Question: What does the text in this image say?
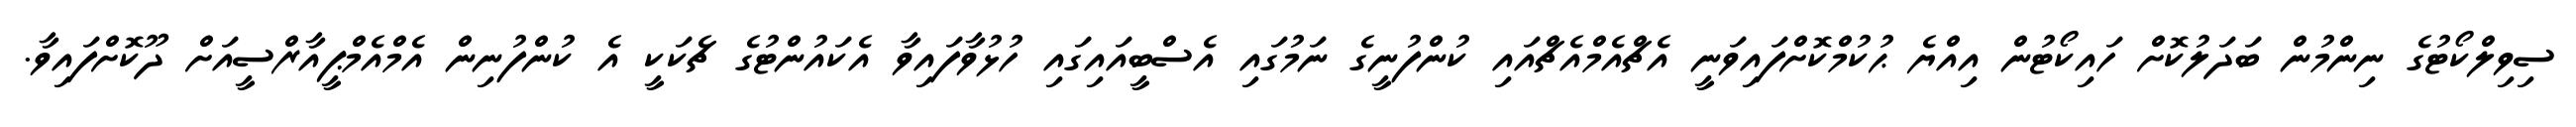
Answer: ސިވިލްކޯޓުގެ ނިންމުން ބަދަލުކޮށް ހައިކޯޓުން އިއްޔެ ޙުކުމްކޮށްފައިވަނީ އެޗްއެމްއެޗްއައި ކުންފުނީގެ ނަމުގައި އެސްބީއައިގައި ހުޅުވާފައިވާ އެކައުންޓުގެ ޗެކަކީ އެ ކުންފުނިން އެމްއެމްޕީއާރްސީއަށް ދޫކޮށްފައިވާ.